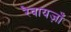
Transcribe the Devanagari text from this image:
रैवायज़ाँ